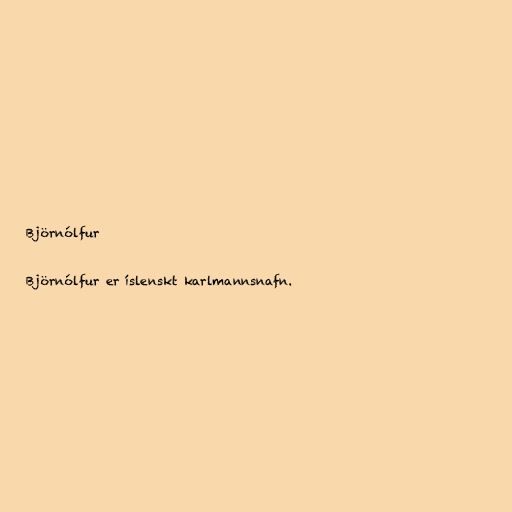
Björnólfur

Björnólfur er íslenskt karlmannsnafn.